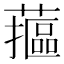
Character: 𮒁